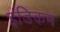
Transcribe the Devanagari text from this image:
इंडिकम